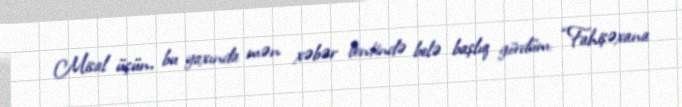
Misal üçün, bu yaxında mən xəbər lentində belə başlıq gördüm: “Fahişəxana